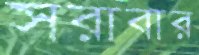
সরাবার